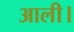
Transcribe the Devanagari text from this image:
आली।